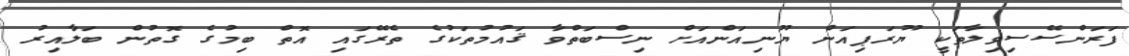
ފަރަންސޭސިވިލާތަކީ ޔޫރަޕިއަން ޔޫނިއަންއަށް ނިސްބަތްވާ ޤައުމުތަކުގެ ތެރޭގައި އޮތް ބިމުގެ ގޮތުން ބަލާއިރު